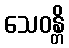
သေဝန္တိ